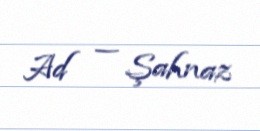
Ad — Şahnaz